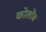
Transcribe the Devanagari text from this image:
कोलोंब